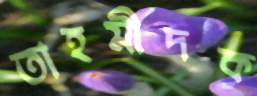
তাহমীদক